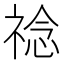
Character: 䄒